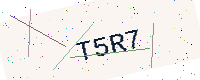
Text: T5R7